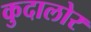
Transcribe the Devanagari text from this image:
कुदालोर